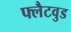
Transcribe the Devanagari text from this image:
फ्लैटवुड